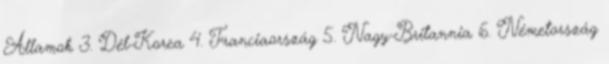
Államok 3. Dél-Korea 4. Franciaország 5. Nagy-Britannia 6. Németország